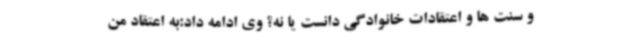
و سنت ها و اعتقادات خانوادگی دانست یا نه؟ وی ادامه داد:به اعتقاد من